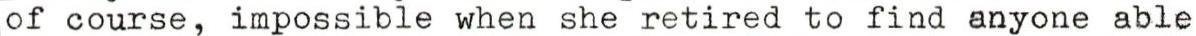
of course, impossible when she retired to find anyone able